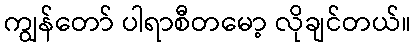
ကျွန်တော် ပါရာစီတမော့ လိုချင်တယ်။